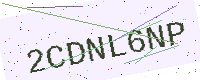
Text: 2CDNL6NP